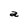
Character: a